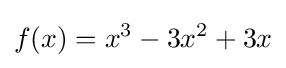
f(x)=x^{3}-3x^{2}+3x